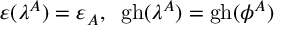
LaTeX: \varepsilon ( \lambda ^ { A } ) = \varepsilon _ { A } , \; \; \mathrm { g h } ( \lambda ^ { A } ) = \mathrm { g h } ( \phi ^ { A } )